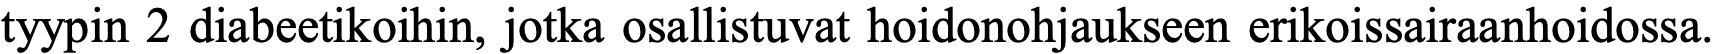
tyypin 2 diabeetikoihin, jotka osallistuvat hoidonohjaukseen erikoissairaanhoidossa.